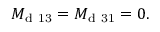
M _ { \mathrm { d ~ 1 3 } } = M _ { \mathrm { d ~ 3 1 } } = 0 .